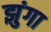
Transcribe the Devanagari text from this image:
झुंगा